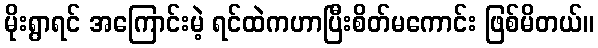
မိုးရွာရင် အကြောင်းမဲ့ ရင်ထဲကဟာပြီးစိတ်မကောင်း ဖြစ်မိတယ်။